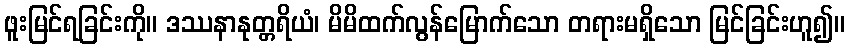
ဖူးမြင်ရခြင်းကို။ ဒဿနာနုတ္တရိယံ၊ မိမိထက်လွန်မြောက်သော တရားမရှိသော မြင်ခြင်းဟူ၍။